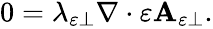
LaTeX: \begin{array}{r}{0=\lambda_{\varepsilon\perp}\nabla\cdot\varepsilon\mathbf{A}_{\varepsilon\perp}.}\end{array}